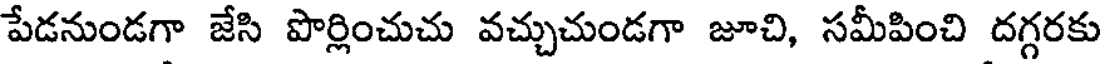
పేడనుండగా జేసి పొర్లించుచు వచ్చుచుండగా జూచి, సమీపించి దగ్గరకు